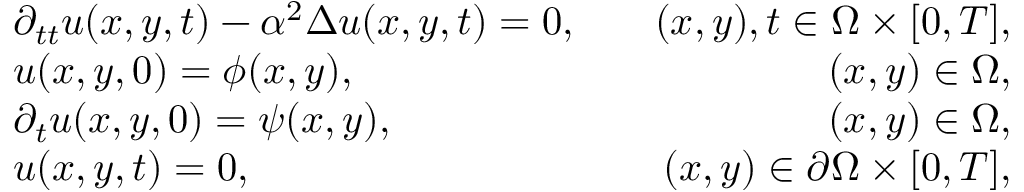
\begin{array} { r l r } & { \partial _ { t t } u ( x , y , t ) - \alpha ^ { 2 } \Delta u ( x , y , t ) = 0 , } & { \quad ( x , y ) , t \in \Omega \times [ 0 , T ] , } \\ & { u ( x , y , 0 ) = \phi ( x , y ) , } & { \quad ( x , y ) \in \Omega , } \\ & { \partial _ { t } u ( x , y , 0 ) = \psi ( x , y ) , } & { \quad ( x , y ) \in \Omega , } \\ & { u ( x , y , t ) = 0 , } & { \quad ( x , y ) \in \partial \Omega \times [ 0 , T ] , } \end{array}